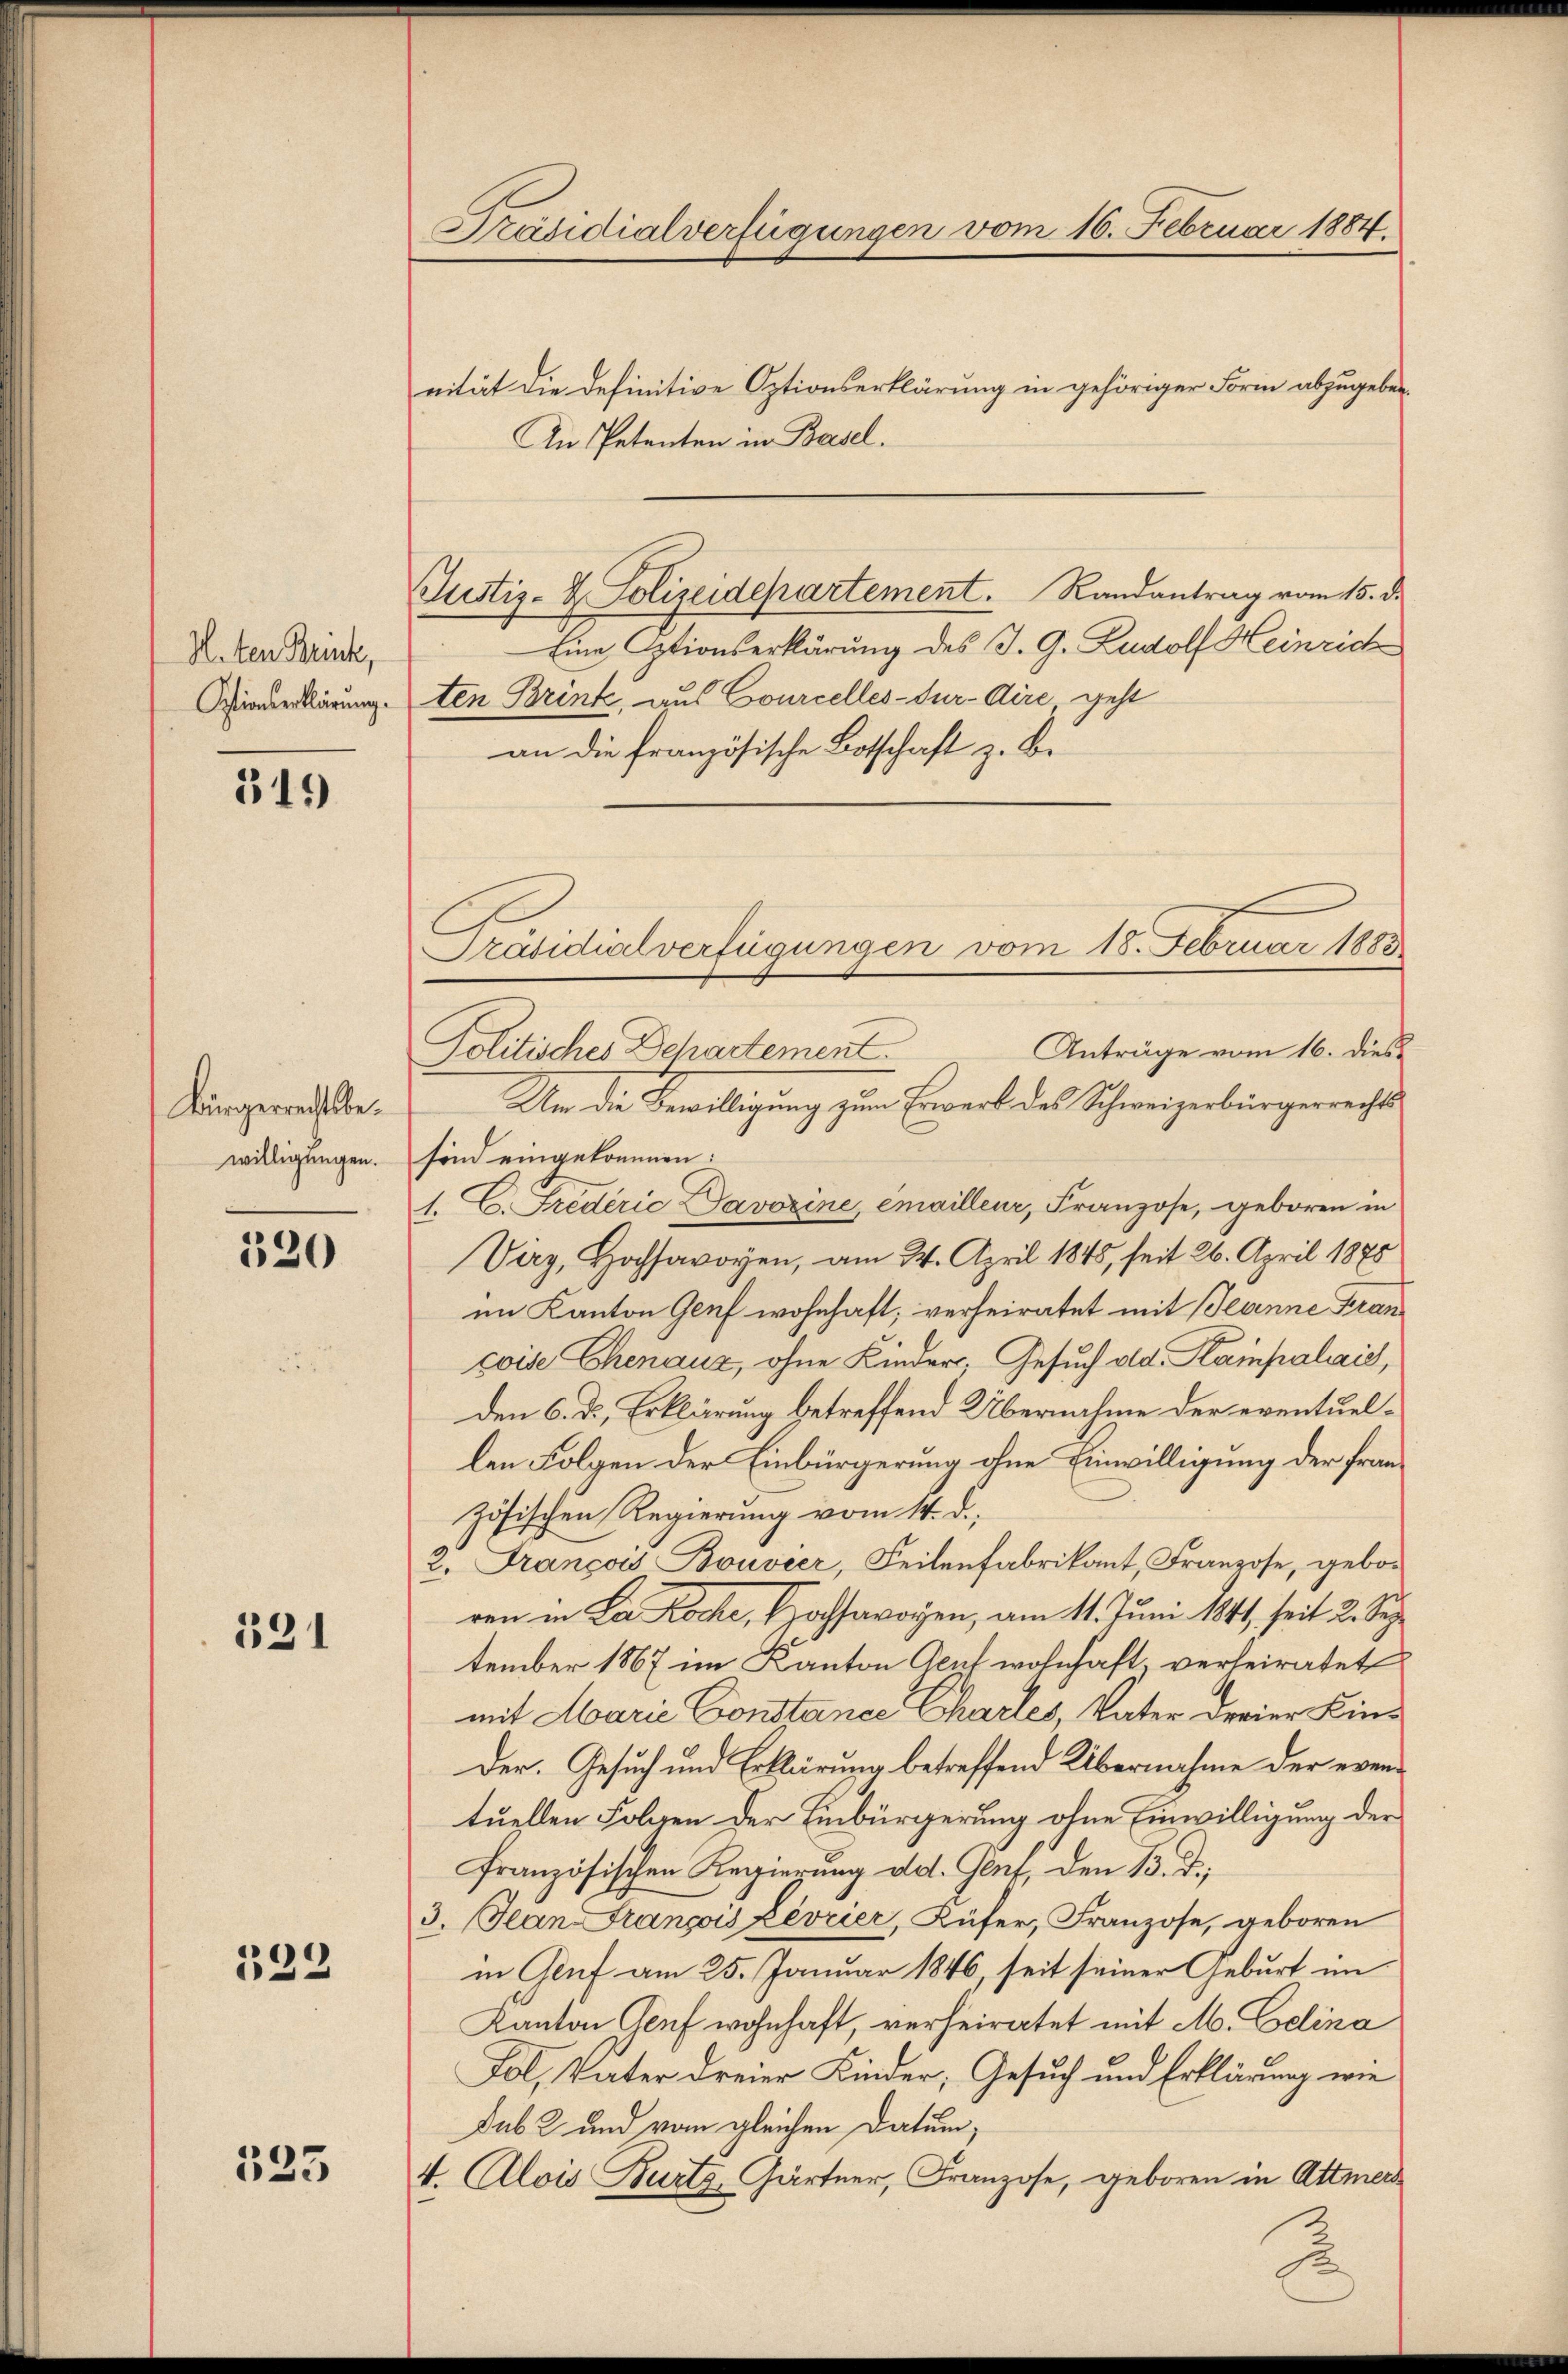
H.ten Brück,

519)

Bürgerrechtsbewilligungen.

320

331

332

525

Präsidialverfügungen vom 16. Februar 1884.

Justiz- & Polizeidepartement. Randantrag vom 15. d.

vität die definitive Optionserklärung in gehöriger Form abzugeben.
An Petenten in Basel.
Eine Optionserklärung des J. G. Zudolf Heinrich
Overklärung. Den Brink, aus Courcelles-Tur-dire, geht
an die französische Botschaft z. Bi
Anträge vom 16. dies
Politisches Departement.
Um die Bewilligung zum Erwerb des Schweizerbürgerrechtssind eingekommen:
1. C. Fredérić Davozine, emailleur, Franzose, geboren in
Vag, Hochsavoyen, am 24. April 1845, seit 26. April 1875
im Kanton Genf wohnhaft; verheiratet mit Jeanne Francoise Chenaus, ohne Kinder, Gesuch old Kampalais,
den 6. d. Erklärung betreffend Übernahme der eventuellen Folgen der Einbürgerung ohne Einwilligung der Frau
zösischen Regierung vom 14. d.
2. François Bouvier, Feilenfabrikant, Franzose, geboren in La Roche, Hochsavoyen, am 11. Juni 1841, seit 2. Sep
tember 1867 im Kanton Gent wohnhaft, verheiratet
mit Marie Constance Charles, Vater derer Kin¬
Der. Gesuch und Erklärung betreffend Übernahme der eventuellen Folgen der Einbürgerung ohne Einwilligung der
französischen Regierung dd. Gent, den B. d.
3. Jean François Levrier, Küfer, Franzose, geboren
in Genf am 25. Januar 1846, seit seiner Geburt im
Kanton Genf wohnhaft, verheiratet mit M. Celina
Fol, Vater dreier Kinder, Gesuch und Erklärung wie
Sub 2 und vom gleichen Datum,
4. Alois Burtg, Gärtner, Franzose, geboren in Attmer

Präsidialverfügungen vom 18. Februar 1883